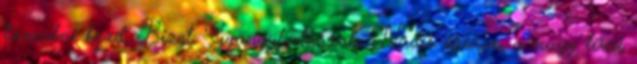
táncolni kezd. Bizet: Gyöngyhalászok, Nadír áriája, a nagy lírai